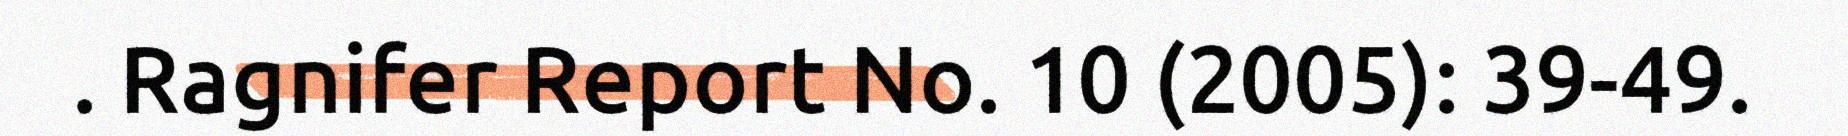
. Ragnifer Report No. 10 (2005): 39-49.